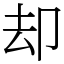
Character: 却